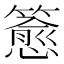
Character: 𬕷